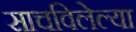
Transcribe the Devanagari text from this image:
साचविलेल्या